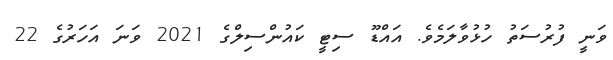
ވަނީ ފުރުސަތު ހުޅުވާލަމެވެ. އައްޑޫ ސިޓީ ކައުންސިލްގެ 2021 ވަނަ އަހަރުގެ 22